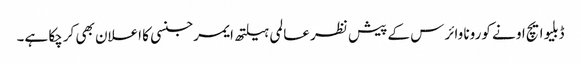
ڈبلیو ایچ او نے کورونا وائرس کے پیش نظر عالمی ہیلتھ ایمرجنسی کا اعلان بھی کرچکا ہے۔